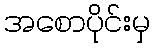
အစောပိုင်းမှ